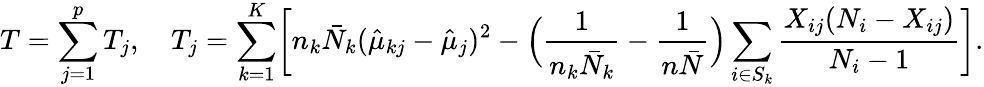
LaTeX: T=\sum_{j=1}^{p}T_{j},\quad T_{j}=\sum_{k=1}^{K}\biggl[n_{k}\bar{N}_{k}(\hat{\mu}_{kj}-\hat{\mu}_{j})^{2}-\Bigl(\frac{1}{n_{k}\bar{N}_{k}}-\frac{1}{n\bar{N}}\Bigr)\sum_{i\in S_{k}}\frac{X_{ij}(N_{i}-X_{ij})}{N_{i}-1}\biggr].